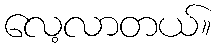
လေ့လာတယ်။